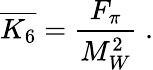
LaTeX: \overline{{{K_{6}}}}=\frac{F_{\pi}}{M_{W}^{2}}\; .